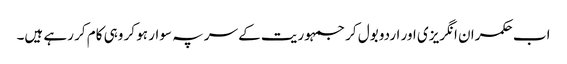
اب حکمران انگریزی اور اردو بول کر جمہوریت کے سر پہ سوار ہو کر وہی کام کر رہے ہیں۔